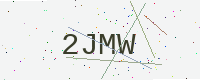
Text: 2JMW